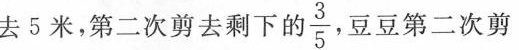
去5米，第二次剪去剩下： $$\frac{3}{5}$$ ，豆豆第二次剪